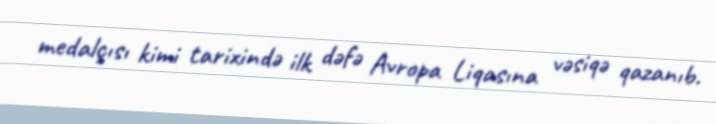
medalçısı kimi tarixində ilk dəfə Avropa Liqasına vəsiqə qazanıb.